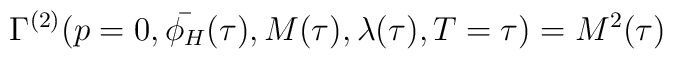
\Gamma^{(2)}(p=0, \bar{\phi_{H}}(\tau), M(\tau), \lambda(\tau), T=\tau) = M^{2}(\tau)